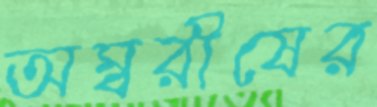
অম্বরীষের